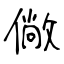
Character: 僘